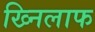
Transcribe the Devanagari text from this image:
ख्निलाफ